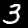
Digit: 3